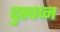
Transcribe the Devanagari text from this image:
दुस्वप्न